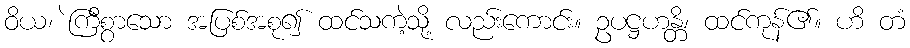
ဝိယ၊ ဲကြီစွာသော အပြစ်အစု၍ ထင်သကဲ့သို့ လည်းကောင်း။ ဥပဋ္ဌဟန္တိ၊ ထင်ကုန်၏။ ဟိ တံ